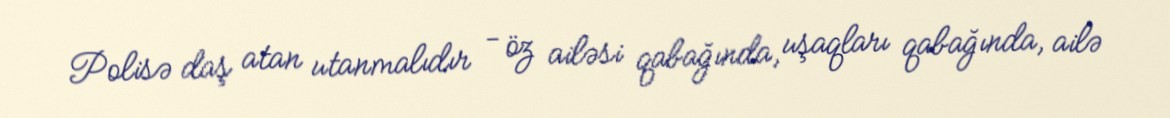
Polisə daş atan utanmalıdır - öz ailəsi qabağında, uşaqları qabağında, ailə